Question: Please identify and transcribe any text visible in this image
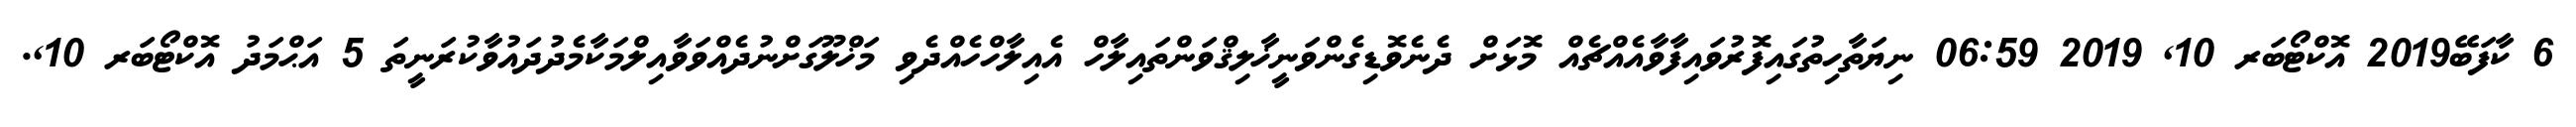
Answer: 6 ކާފަބޭ2019 އޮކްޓޯބަރ 10, 2019 06:59 ނިޔަތާހިތުގައިފޮރުވައިފާވާއެއްޗެއް މޮޅަށް ދެނެވޮޑިގެންވަނީޚާލިޤްވަންތައިލާހް އެއިލާހްހެއްދެވި މަޚްލޫގަށްނުދެއްވަވާއިލްމަކާމެދުދައުވާކުރަނީތަ 5 އަޙްމަދު އޮކްޓޯބަރ 10,.